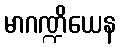
မာဂဏ္ဍိယေန